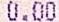
0.00